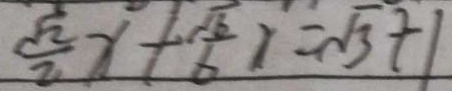
\frac { \sqrt { 2 } } { 2 } x + \frac { \sqrt { 6 } } { 6 } x = \sqrt { 3 } + 1